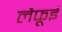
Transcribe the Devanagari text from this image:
लैफूई